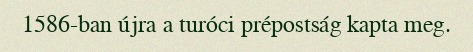
1586-ban újra a turóci prépostság kapta meg.